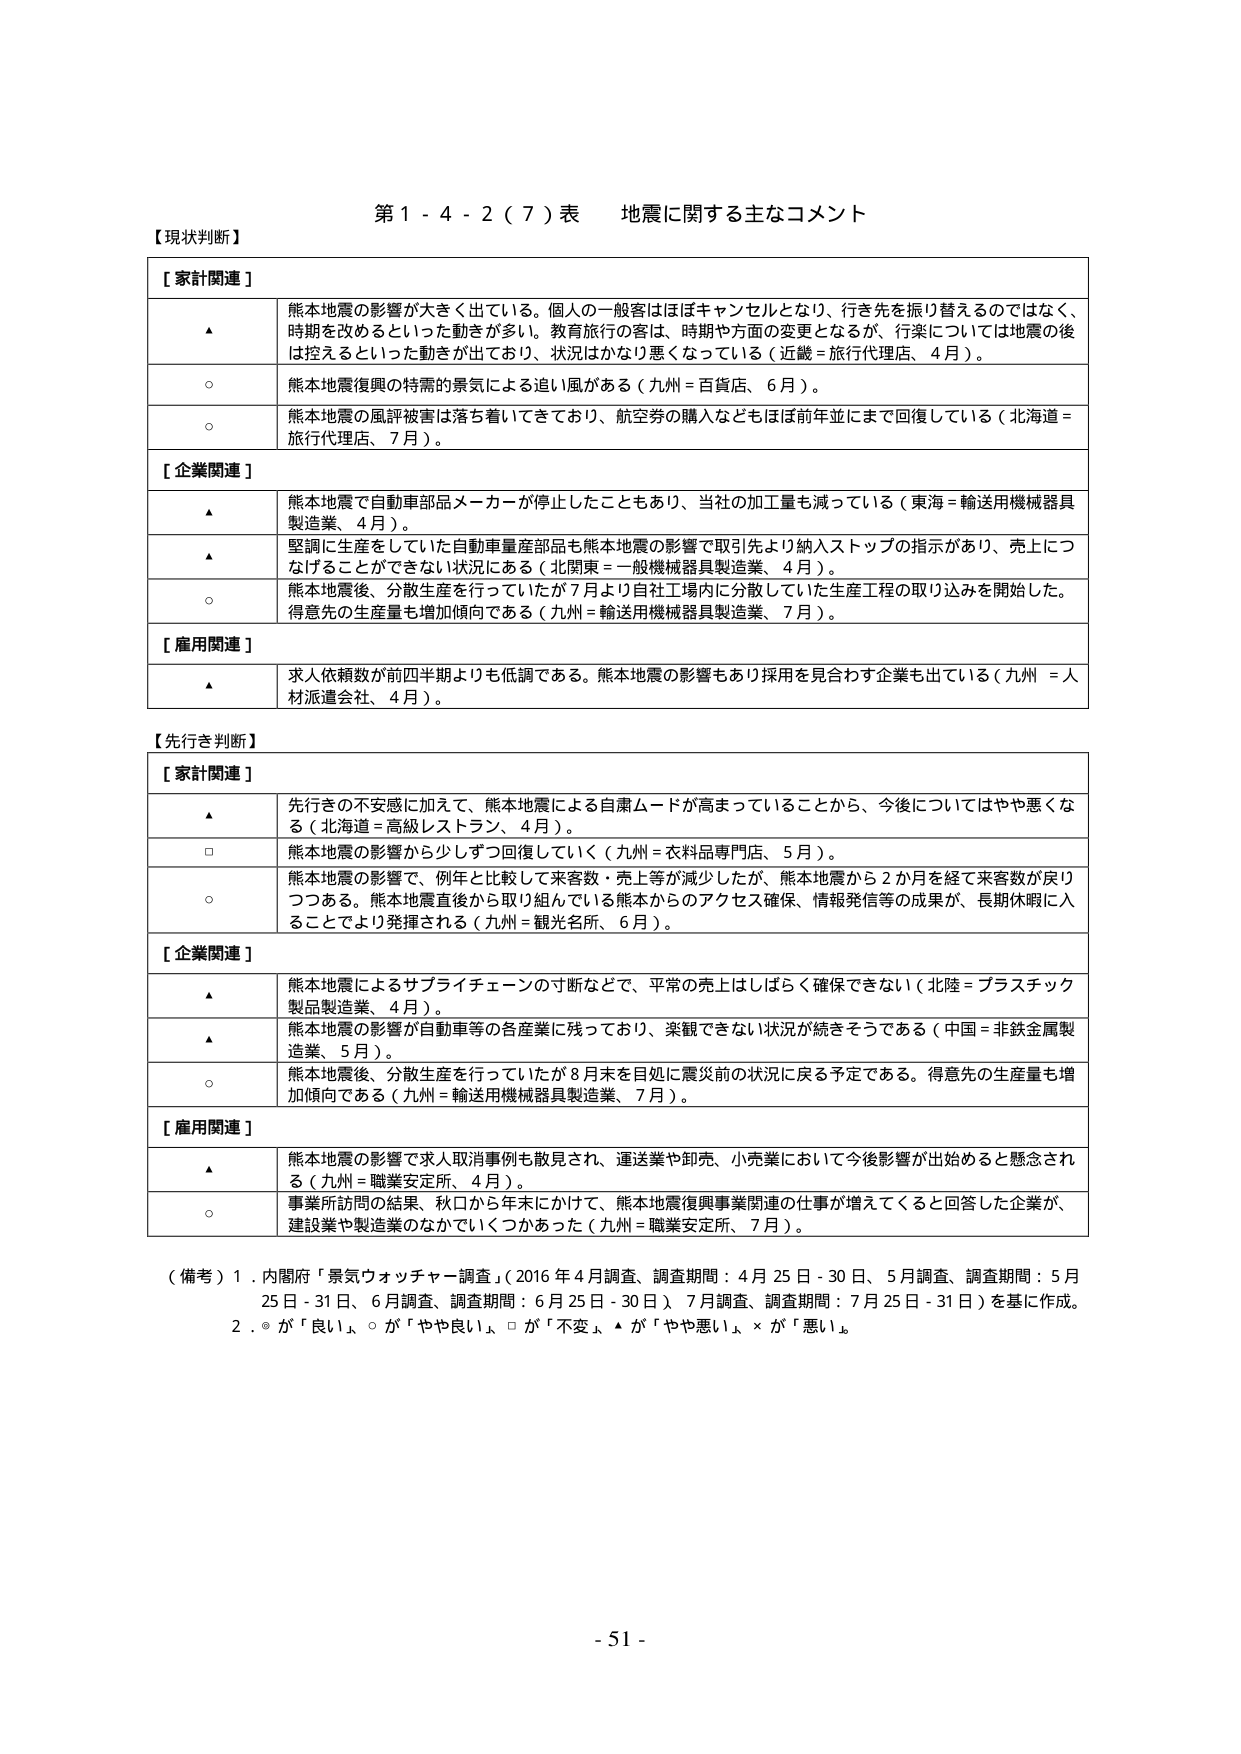
第１－４－２（７）表　地震に関する主なコメント

【現状判断】

［家計関連］
▲　熊本地震の影響が大きく出ている。個人の一般客はほぼキャンセルとなり、行き先を振り替えるのではなく、時期を改めるといった動きが多い。教育旅行の客は、時期や方面の変更となるが、行業については地震の後は控えるといった動きが出ており、状況はかなり悪くなっている（近畿＝旅行代理店、４月）。
○　熊本地震復興の特需の景気による追い風がある（九州＝百貨店、６月）。
○　熊本地震の風評被害は落ち着いてきており、航空券の購入などもほぼ前年並にまで回復している（北海道＝旅行代理店、７月）。

［企業関連］
▲　熊本地震で自動車部品メーカーが停止したこともあり、当社の加工量も減っている（東海＝輸送用機械器具製造業、４月）。
▲　堅調に生産していた自動車量産部品も熊本地震の影響で取引先より納入ストップの指示があり、売上につなげることができない状況にある（北関東＝一般機械器具製造業、４月）。
○　熊本地震後、分散生産を行っていたが７月より自社工場内に分散していた生産工程の取り込みを開始した。得意先の生産量も増加傾向である（九州＝輸送用機械器具製造業、７月）。

［雇用関連］
▲　求人依頼数が前四半期よりも低調である。熊本地震の影響もあり採用を見合わせる企業も出ている（九州＝人材派遣会社、４月）。

【先行き判断】

［家計関連］
▲　先行きの不安感に加えて、熊本地震による自粛ムードが高まっていることから、今後についてはやや悪くなる（北海道＝高級レストラン、４月）。
□　熊本地震の影響から少しずつ回復していく（九州＝衣料品専門店、５月）。
○　熊本地震の影響で、例年と比較して来客数・売上等が減少したが、熊本地震から２か月を経て来客数が戻りつつある。熊本地震直後から取り組んでいる熊本からのアクセス確保、情報発信等の成果が、長期休暇に入ることでより発揮される（九州＝観光名所、６月）。

［企業関連］
▲　熊本地震によるサプライチェーンの寸断などで、平常の売上はしばらく確保できない（北陸＝プラスチック製品製造業、４月）。
▲　熊本地震の影響が自動車等の各産業に残っており、楽観できない状況が続きそうである（中国＝非鉄金属製造業、５月）。
○　熊本地震後、分散生産を行っていたが８月末を目処に震災前の状況に戻る予定である。得意先の生産量も増加傾向である（九州＝輸送用機械器具製造業、７月）。

［雇用関連］
▲　熊本地震の影響で求人取消事例も散見され、運送業や卸売、小売業において今後影響が出始めると懸念される（九州＝職業安定所、４月）。
○　事業所訪問の結果、秋口から年末にかけて、熊本地震復興事業関連の仕事が増えてくると回答した企業が、建設業や製造業のなかでいくつかあった（九州＝職業安定所、７月）。

（備考）１．内閣府「景気ウォッチャー調査」（2016年４月調査、調査期間：４月25日－30日、５月調査、調査期間：５月25日－31日、６月調査、調査期間：６月25日－30日）、７月調査、調査期間：７月25日－31日）を基に作成。
　　　２．○が「良い」、○が「やや良い」、□が「不变」、▲が「やや悪い」、×が「悪い」。

- 51 -